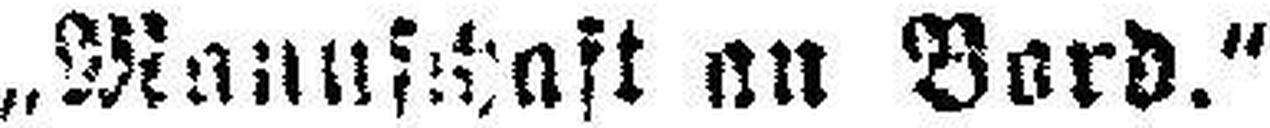
„Manuschaft an Bord.“